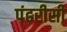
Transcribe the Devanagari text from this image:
पंढरीसी